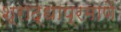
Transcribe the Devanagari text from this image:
श्राद्धाप्रमाणें